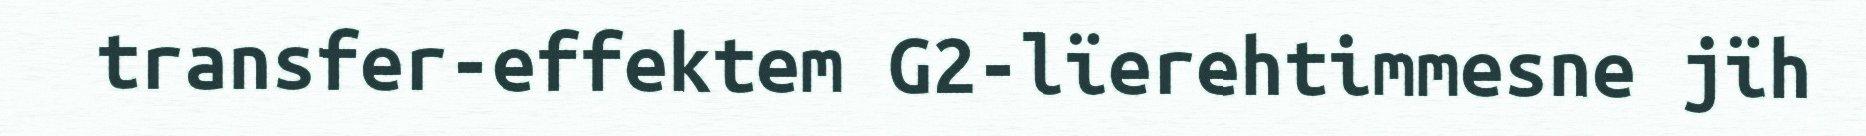
transfer-effektem G2-lïerehtimmesne jïh